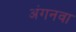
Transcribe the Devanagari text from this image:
अंगनवा